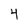
Character: 4